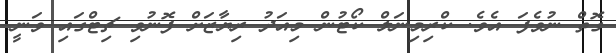
ގޮތް ނުވެފަ އެެވެ. ކްރިމިނަލް ކޯޓުން މިއަދު ރިޔާޒަށް ފޮނުވި ޗިޓްގައި ވަނީ